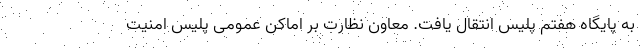
به پایگاه هفتم پلیس انتقال یافت. معاون نظارت بر اماکن عمومی پلیس امنیت